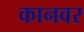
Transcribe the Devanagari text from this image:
कानवर